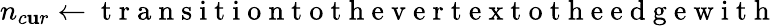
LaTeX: n_{c\mathbf{u}r}\gets\mathrm{{~t~r~a~n~s~i~t~i~o~n~t~o~t~h~e~v~e~r~t~e~x~t~o~t~h~e~e~d~g~e~w~i~t~h~}}